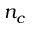
n _ { c }